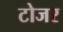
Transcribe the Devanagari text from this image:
टोजर